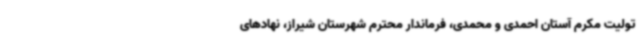
تولیت مکرم آستان احمدی و محمدی، فرماندار محترم شهرستان شیراز، نهادهای